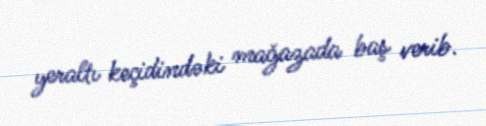
yeraltı keçidindəki mağazada baş verib.